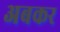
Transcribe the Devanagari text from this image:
अबकर